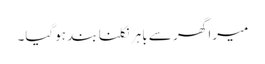
میرا گھر سے باہر نکلنا بند ہوگیا۔